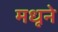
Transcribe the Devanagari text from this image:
मधूने